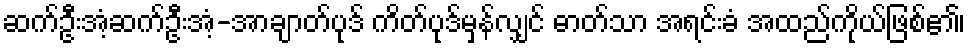
ဆက်ဦးအံ့ဆက်ဦးအံ့-အာချာတ်ပုဒ် ကိတ်ပုဒ်မှန်လျှင် ဓာတ်သာ အရင်းခံ အထည်ကိုယ်ဖြစ်၏၊